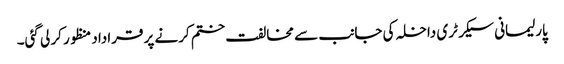
پارلیمانی سیکرٹری داخلہ کی جانب سے مخالفت ختم کرنے پر قراداد منظور کر لی گئی۔